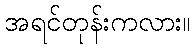
အရင်တုန်းကလား။